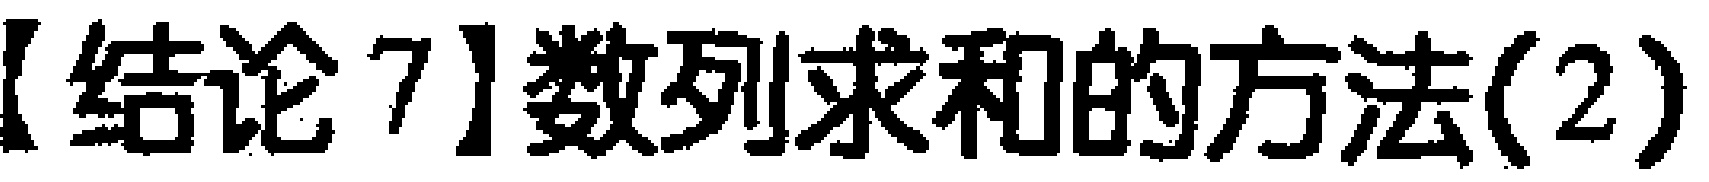
【结论7】数列求和的方法(2)